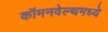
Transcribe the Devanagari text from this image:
कॉमनवेल्थमध्ये